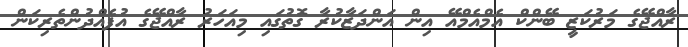
ރާއްޖޭގެ މަރުކަޒީ ބޭންކް އެމްއެމްއޭ އިން އަންދަޒާކުރާ ގޮތުގައި މިއަހަރު ރާއްޖޭގެ އުފެއްދުންތެރިކަން